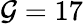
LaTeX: \mathcal{G}=17